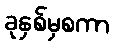
ခုနှစ်မှစကာ